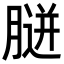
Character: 𦞸